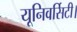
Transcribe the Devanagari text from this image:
यूनिवर्सिटी।